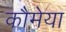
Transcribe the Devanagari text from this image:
कौमेया